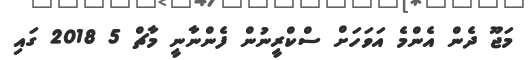
މަޖޫ ދެން އެންމެ އަވަހަށް ސްކްރީނުން ފެންނާނީ މާޗް 5 2018 ގައި